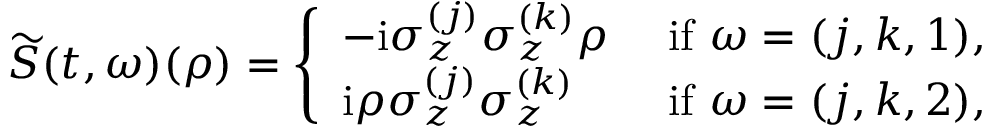
\widetilde { S } ( t , \omega ) ( { \rho } ) = \left\{ \begin{array} { l l } { - \mathrm { i } \sigma _ { z } ^ { ( j ) } \sigma _ { z } ^ { ( k ) } { \rho } } & { \mathrm { ~ i f ~ } \omega = ( j , k , 1 ) , } \\ { \mathrm { i } { \rho } \sigma _ { z } ^ { ( j ) } \sigma _ { z } ^ { ( k ) } } & { \mathrm { ~ i f ~ } \omega = ( j , k , 2 ) , } \end{array} \right.